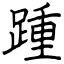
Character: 踵